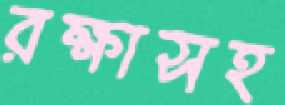
রক্ষাসহ